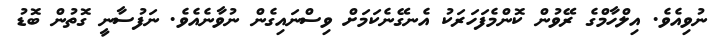
ނުވިއެވެ. އިލްހާމްގެ ރޭވުން ކޮންމެފަހަރަކު އެނގޭނެކަމަށް ވިސްނައިގެން ނުވާނެއެވެ. ނަފުސާނީ ގޮތުން ބޮޑު